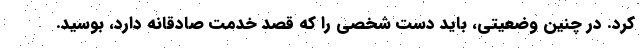
کرد. در چنین وضعیتی، باید دست شخصی را که قصد خدمت صادقانه دارد، بوسید.